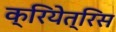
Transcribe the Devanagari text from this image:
क्रियेत्रिस